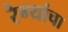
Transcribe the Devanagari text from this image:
रेग्यांचा